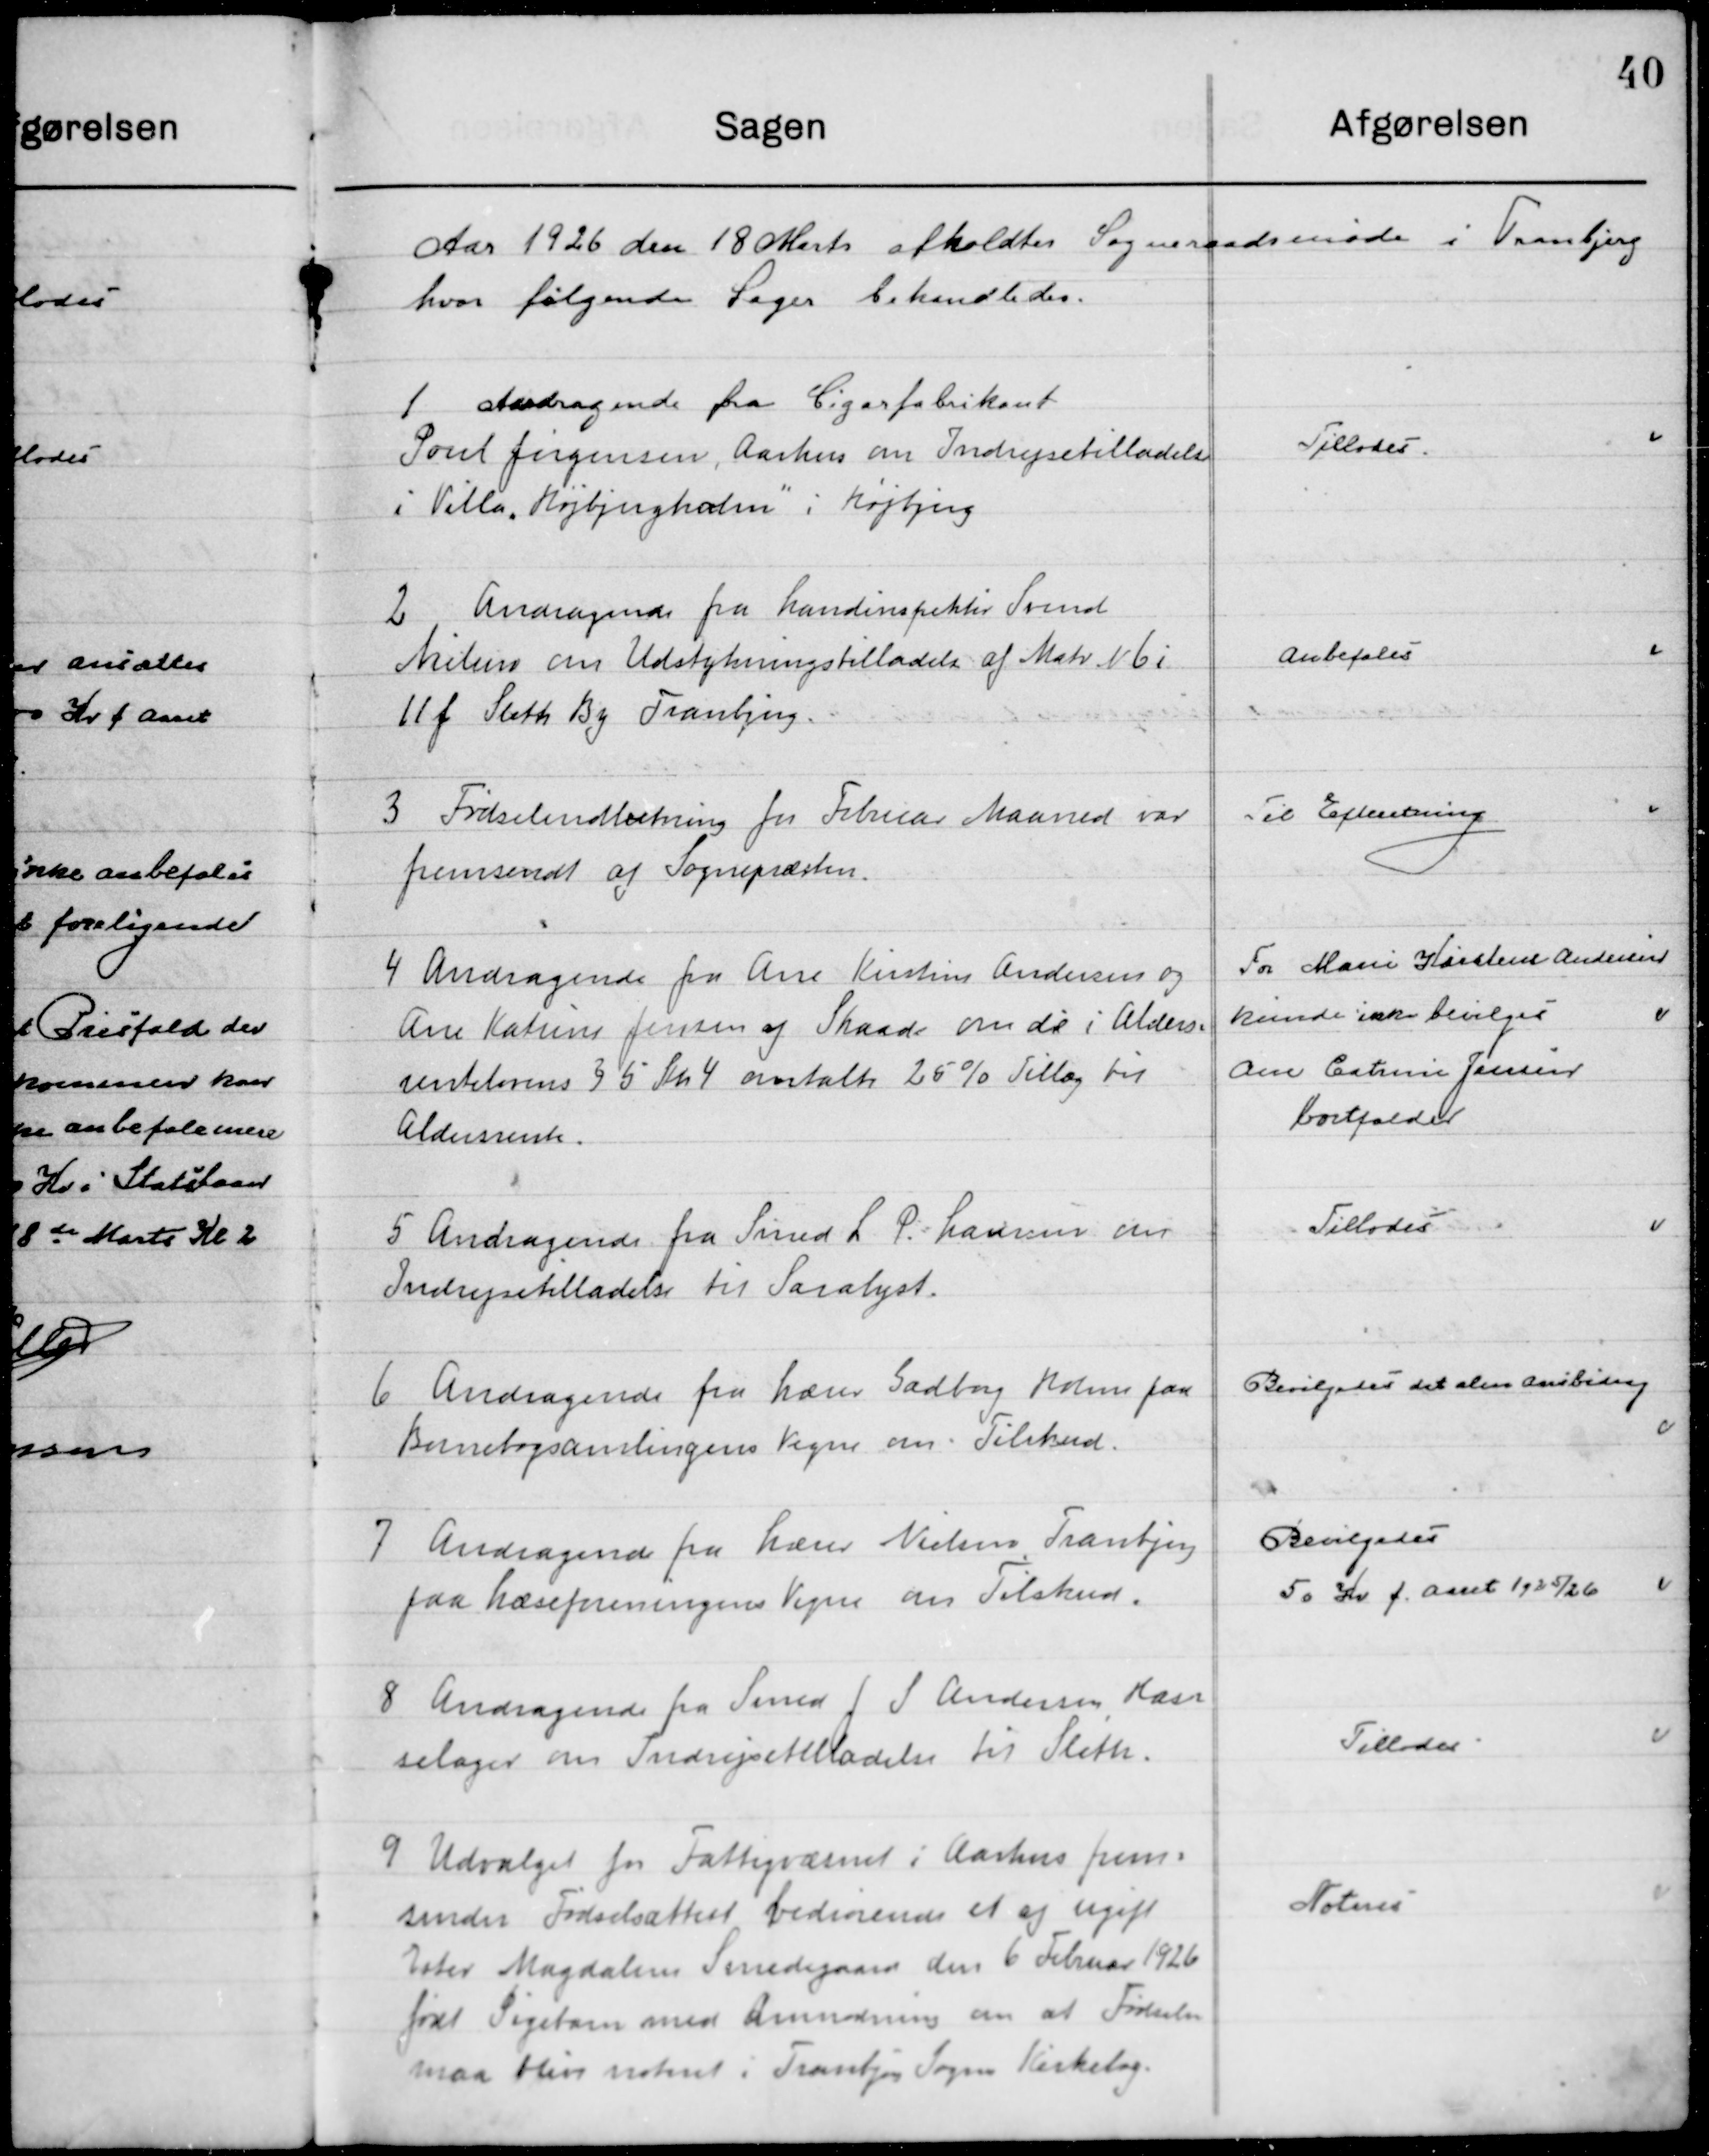
Transskription:
Aaret 1926 den 18 Marts afholdtes  Sogneraadsmøde i Tranbjerg 
hvor følgende Sager behandledes.

1

Andragende fra Cigarfabrikant
Poul Jørgensen Aarhus om Indrejsetilladelse
i Villa ”Højbjergholm”  i Højbjerg.

Tillodes

2

Andragende fra Landinspektør Svend
Nielsen om Udstykningstilladelse af Matr. No. 6 i 
11 f Sleth By Tranbjerg.

Anbefales

3

Fødselsindberetning for Februar Maaned var
Fremsendt af Sognepræsten

Til Efterretning

4

Andragende fra Ane Kirstine Andersen og
Ane Katrine Jensen af Skaade om de i Alders-
renteloven § 5 stk. 4 omtalte 25 % Tillæg til
Aldersrente.

For Marie Kirstine Andersen
Kunde ikke bevilges
Ane Cathrine Jensen 
bortfalde

5

Andragende fra Smed L. P. Hansen om
Indrejsetilladelse til Saralyst.

Tillodes

6

Andragende fra Lærer Gadborg Holm paa
Børnebogsamlingens Vegne om Tilskud.

Bevilgedes det alm. Aars bidrag

7

Andragende fra Lærer Nielsen Tranbjerg
Paa Lærerforeningens Vegne om Tilskud.

Bevilgedes
50 Kr. f. Aaret 1925/26

8

Andragende fra Smed J. I. Andersen Has-
selager om Indrejsetilladelse til Sleth.

Tillodes

9

Udvalget for Fattigvæsenet i Aarhus frem-
sender Fødselsattest vedrørende et af ugift
Ester Magdalene Smedegaard den 6 Februar 1926
født Pigebarn med Anmodning om at Fødslen 
maa blive noteret i Tranbjerg Sogns Kirkebog.

Noteres